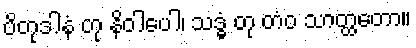
ပိတုဒါနံ တု နိဝါပေါ၊ သဒ္ဓံ တု တံဝ သာတ္ထတော။